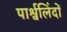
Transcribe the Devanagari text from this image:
पार्श्वलिंदों